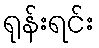
ရုန်းရင်း